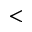
<